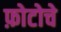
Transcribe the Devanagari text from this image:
फ़ोटोचे